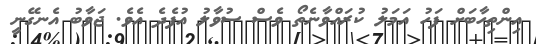
އިންތިހާބަށް ފަހު އަމަލު ކުރައްވާނެތޯ ވެސް ސުވާލު އުފެދެ އެވެ. ޖަވާބު އެނގޭނީ